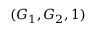
( G _ { 1 } , G _ { 2 } , 1 )